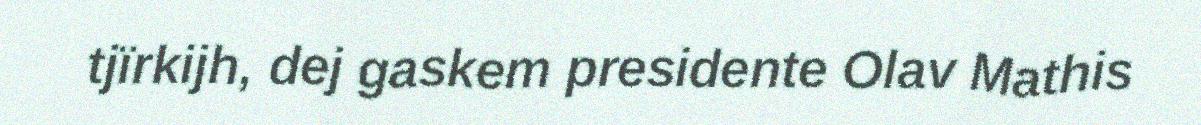
tjïrkijh, dej gaskem presidente Olav Mathis